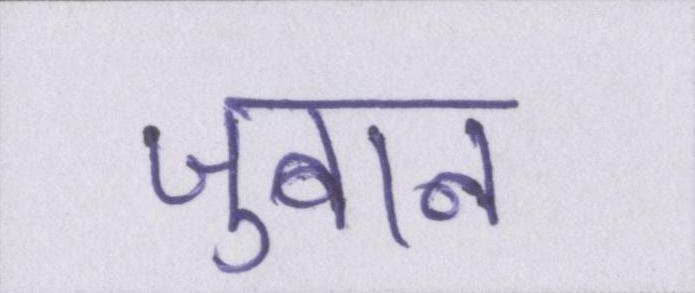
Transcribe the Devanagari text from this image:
जुबान